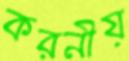
করনীয়